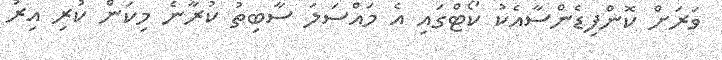
ވަރަށް ކޮންފިޑެންސާއެކު ކޯޓްގައި އެ މައްސަލަ ސާބިތު ކުރާނެ މިކަން ކުރި އިރު